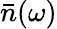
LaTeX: \bar{n}(\omega)